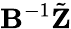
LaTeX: \mathbf{B}^{-1}\tilde{\mathbf{Z}}